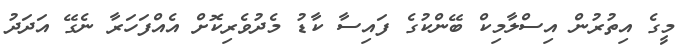
މީގެ އިތުރުން އިސްލާމިކް ބޭންކުގެ ފައިސާ ކާޑު މެދުވެރިކޮށް އެއްފަހަރާ ނެގޭ އަދަދު